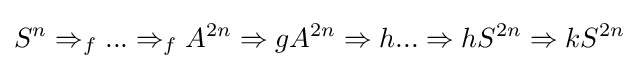
S^{n}\Rightarrow _{f}...\Rightarrow _{f}A^{2n}\Rightarrow {g}A^{2n}\Rightarrow {h}...\Rightarrow {h}S^{2n}\Rightarrow {k}S^{2n}